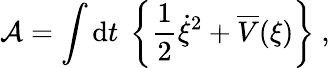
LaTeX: {\cal A}=\int\mathrm{d}t~\left\{ \frac{1}{2}\dot{\xi}^{2}+\overline{{{V}}}(\xi)\right\} ~,